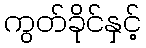
ကွတ်ခိုင်နှင့်